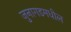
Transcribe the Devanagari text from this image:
जुनागडमधील